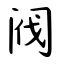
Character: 阀